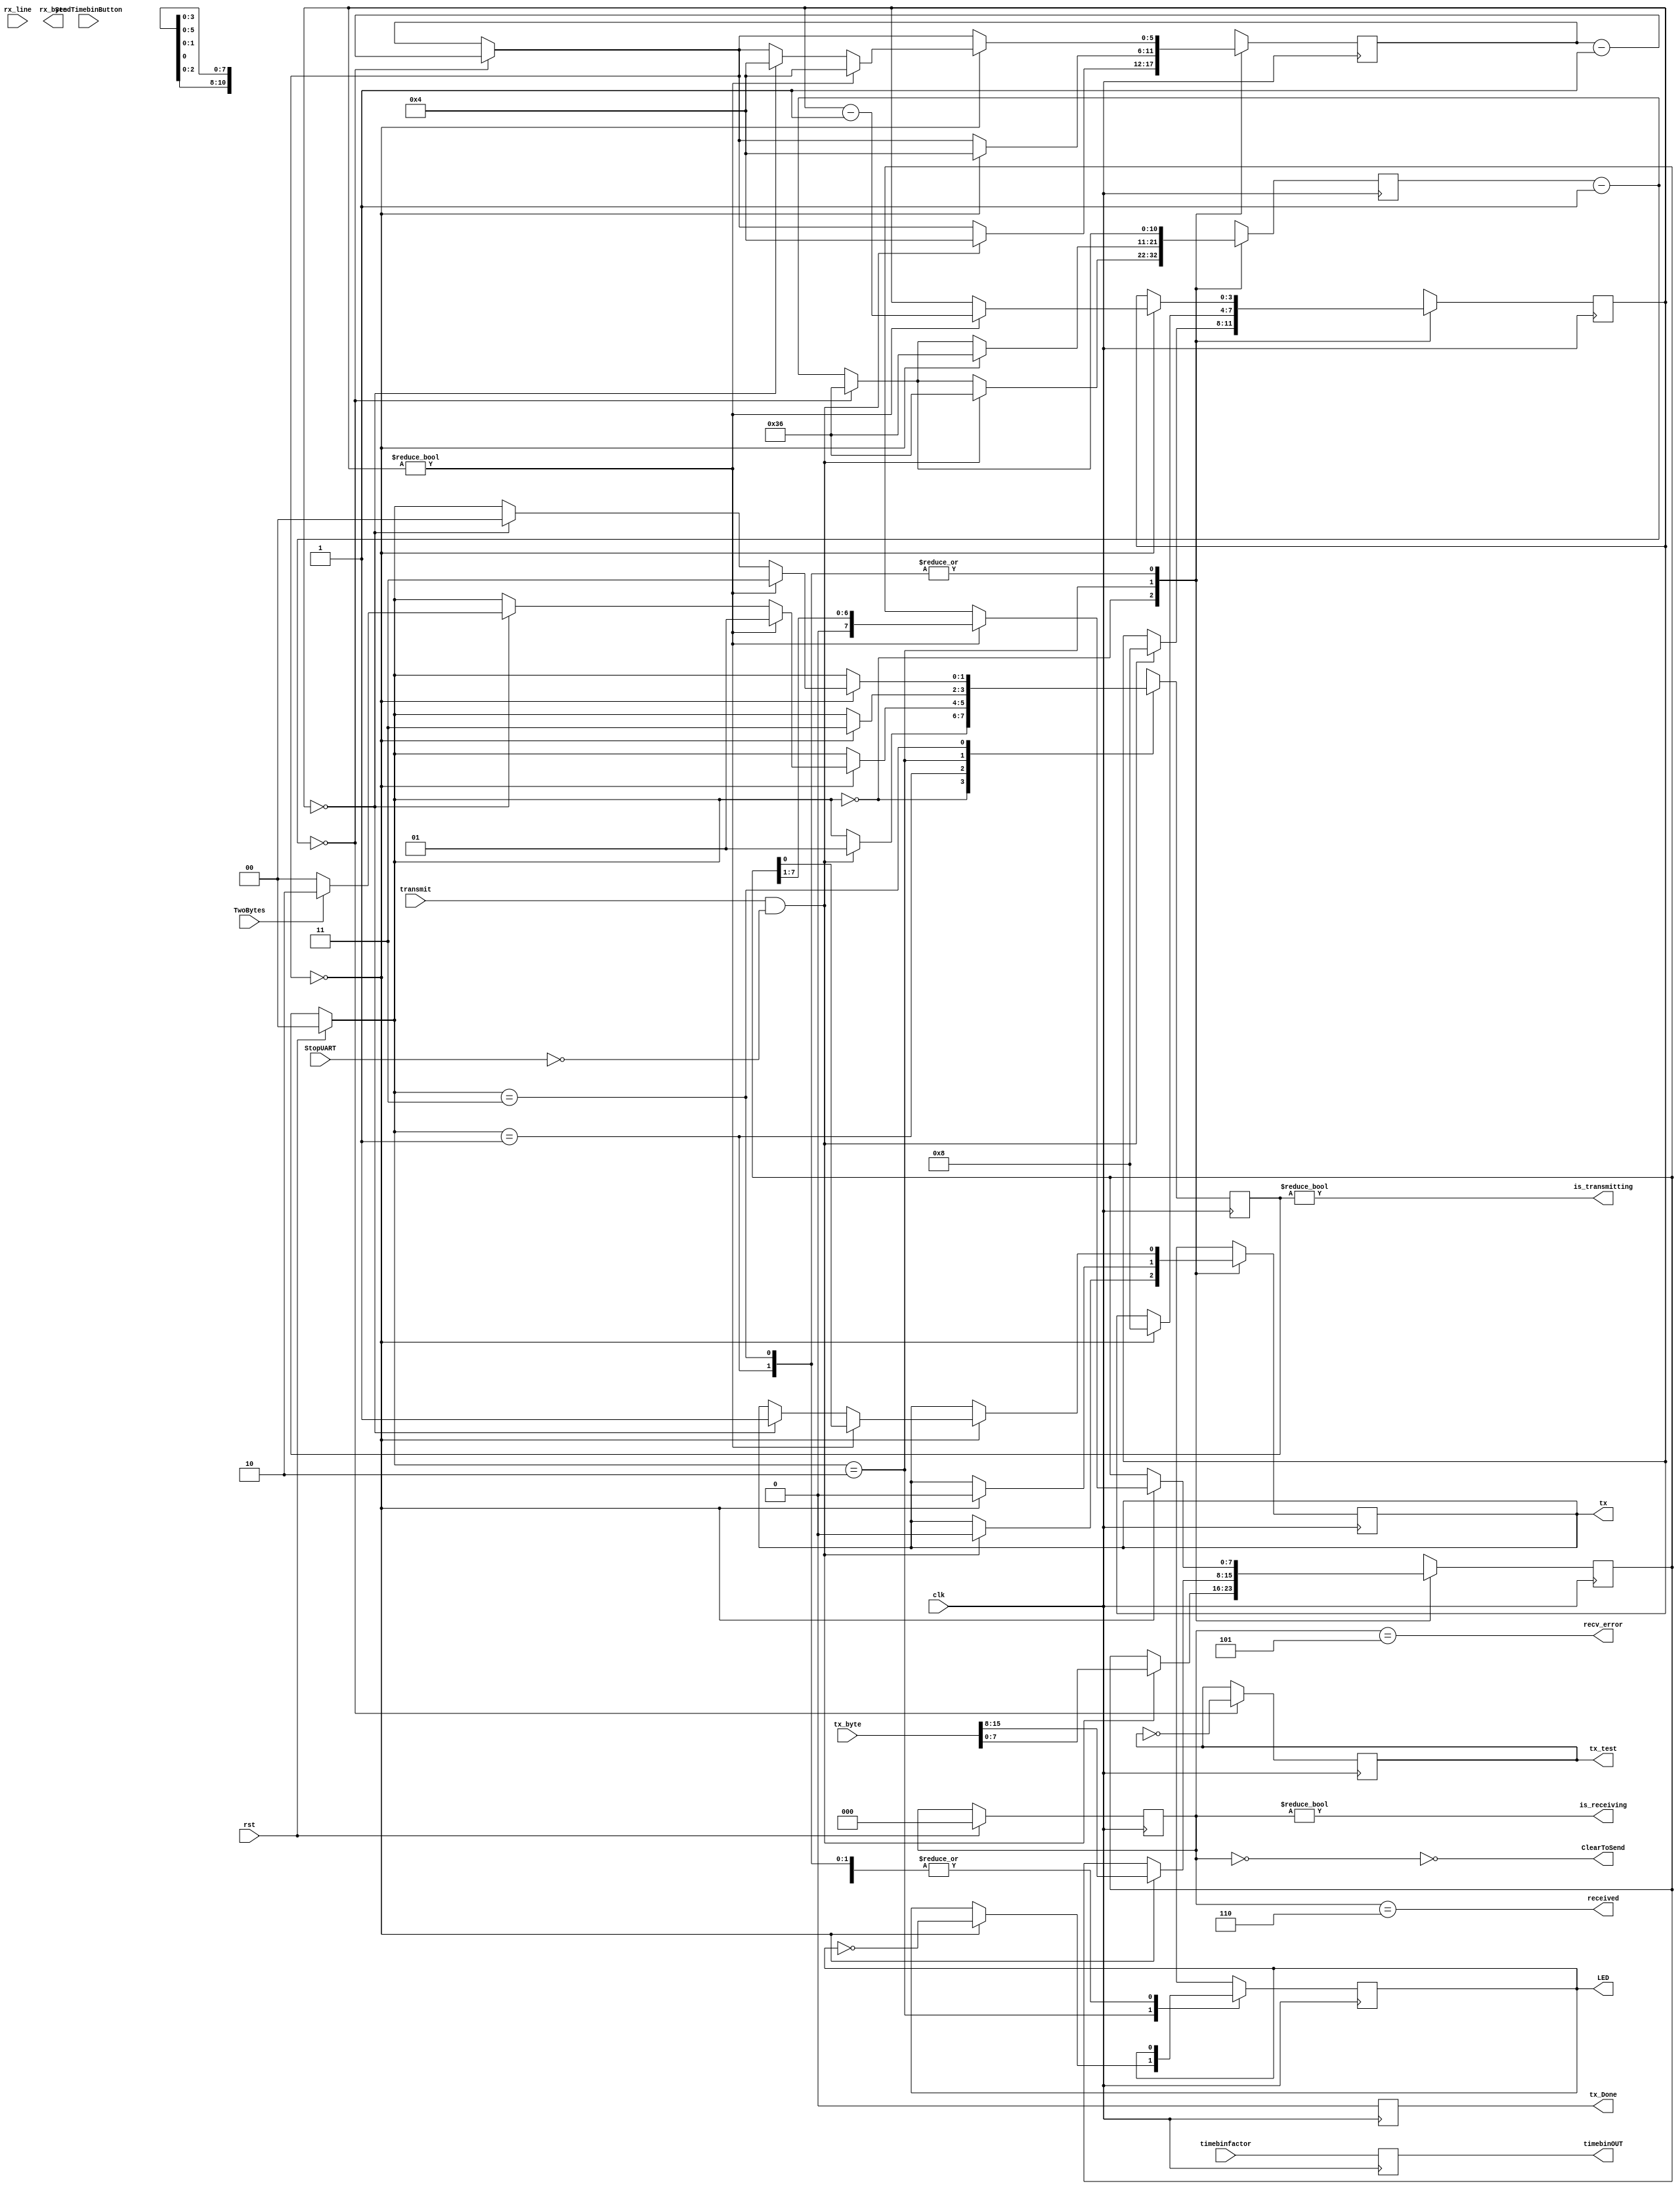
module uart(
    input clk, // The master clock for this module
    input rst, // Synchronous reset.
    input rx_line, // Incoming serial line
	 
    output tx, // Outgoing serial line
    input transmit, // Indicate to transmit
    input [15:0] tx_byte, // Bytes to transmit
	 input [7:0] timebinfactor,
	 input StopUART,
	 input SendTimebinButton,
	 input TwoBytes,
	 
    output received, // Indicated that a byte has been received.
    output [7:0] rx_byte, // Byte received
    output is_receiving, // Low when receive line is idle.
    output is_transmitting, // Low when transmit line is idle.
	 output reg [7:0] timebinOUT,
	 
	 //Goes high for one tick after stop bit transmission.
	 output reg tx_Done, 
	 output reg tx_test,
    output recv_error, // Indicates error in receiving packet.
	 
	 output ClearToSend,
	 
	 output reg LED=0
	 
    );
 
parameter CLOCK_DIVIDE 		= 3;
//1302 = clock rate (50Mhz) / (baud rate (9600) * 4)
parameter CLOCK_DIVIDE2	= 1302; 
parameter CLOCK_DIVIDE3 = 868;	
parameter CLOCK_DIVIDE4 = 109; // baud rate 115200
parameter CLOCK_DIVIDE5 = 54; //baud rate = 230400
// States for the receiving state machine.
// These are just constants, not parameters to override.
parameter RX_IDLE 			= 0;
parameter RX_CHECK_START 	= 1;
parameter RX_READ_BITS 		= 2;
parameter RX_CHECK_STOP 	= 3;
parameter RX_DELAY_RESTART = 4;
parameter RX_ERROR 			= 5;
parameter RX_RECEIVED 		= 6;
 
// States for the transmitting state machine.
// Constants - do not override.
parameter TX_IDLE 			= 0;
parameter TX_IDLE2         =4;
parameter TX_SENDING1      = 1;
parameter TX_SENDING2      = 2;
parameter TX_DELAY_RESTART1 = 3; 

parameter TXIdle1 = 0;
parameter TXSending1= 1;
parameter TXIdle2=2;
parameter TXSending2=3;
parameter TX_DELAYRESTART=4;

reg [10:0] rx_clk_divider = CLOCK_DIVIDE5;
reg [10:0] tx_clk_divider = CLOCK_DIVIDE5;
 

reg [2:0] recv_state = RX_IDLE;
reg [5:0] rx_countdown;
reg [3:0] rx_bits_remaining;
reg [7:0] rx_data;
 
reg tx_out = 1'b1;
reg [1:0] tx_state = TX_IDLE;
reg [5:0] tx_countdown;
reg [3:0] tx_bits_remaining;
reg [7:0] tx_data;


reg SendTimebinBool=0;
reg SendTimebin=0;

assign received = recv_state == RX_RECEIVED;
assign recv_error = recv_state == RX_ERROR;
assign is_receiving = recv_state != RX_IDLE;
assign rx_byte = rx_data;

 
assign tx = tx_out;
assign is_transmitting = tx_state != TX_IDLE;
//CTS low to allow data. High to stop it.
assign ClearToSend = ~(recv_state == RX_IDLE); 



reg [2:0] Buffer = 0;

reg rx = 1;

always@(posedge clk)
begin	

	Buffer <= { rx_line, Buffer[2], Buffer[1]};

	if(Buffer == 3'b111)
	begin
		rx <= 1;
	end
	else if(Buffer == 3'b000)
	begin
		rx <= 0;
	end

end

 
always @(posedge clk) 
begin

SendTimebin <= SendTimebinButton;
if(~SendTimebin && SendTimebinButton)
begin
SendTimebinBool<=1;
end

tx_Done<=0;

	if (rst) begin
		recv_state = RX_IDLE;
		tx_state = TX_IDLE;
	end
 
	// The clk_divider counter counts down from
	// the CLOCK_DIVIDE constant. Whenever it
	// reaches 0, 1/16 of the bit period has elapsed.
   // Countdown timers for the receiving and transmitting
	// state machines are decremented.
	rx_clk_divider = rx_clk_divider - 1;
	if (!rx_clk_divider) begin
		rx_clk_divider = CLOCK_DIVIDE5;
		rx_countdown = rx_countdown - 1;
	end
	tx_clk_divider = tx_clk_divider - 1;
	if (!tx_clk_divider) begin
		tx_test=!tx_test;
		tx_clk_divider = CLOCK_DIVIDE5;
		tx_countdown = tx_countdown - 1;
	end
 timebinOUT=timebinfactor;
 
	// Transmit state machine
	case (tx_state)
		TXIdle1: begin
			if (transmit && ~StopUART) begin
				// If the transmit flag is raised in the idle
				// state, start transmitting the current content
				// of the tx_byte input.
				tx_data = tx_byte[7:0];
				// Send the initial, low pulse of 1 bit period
				// to signal the start, followed by the data
				tx_clk_divider = CLOCK_DIVIDE5;
				tx_countdown = 4;
				tx_out = 0;
				tx_bits_remaining = 8;
				tx_state = TXSending1;
			end
		end
		TXSending1: begin
			if (!tx_countdown) begin
				if (tx_bits_remaining) begin
		//Sends 1 bit per tx_countdown of 4
					tx_bits_remaining = tx_bits_remaining - 1;
					tx_out = tx_data[0];
		//All bits in byte shifted down by 1 after bit sent
					tx_data = {1'b0, tx_data[7:1]};
					tx_countdown = 4;
					tx_state = TXSending1;
				end else if (!tx_bits_remaining) begin
		// Set delay to send out one stop bit.
					tx_out = 1;
					tx_countdown = 4;
					if(!TwoBytes)
					begin
					tx_state = TX_DELAYRESTART;
					end
					else if(TwoBytes)
					begin
					tx_state = TXIdle2;
					end
				end
			end
			else begin
			//do nout
			end
		end
   //Second Idle state to send one start bit before second byte
		TXIdle2: 
			if(!tx_countdown) begin
			 begin
			tx_clk_divider = CLOCK_DIVIDE5;
				tx_countdown = 4;
				tx_out = 0;
				tx_bits_remaining = 8;
				tx_state = TXSending2;
				//Data to send set to second byte of 
				//tx_byte (counts from PMT2)
				tx_data=tx_byte[15:8];
				LED=!LED;
			end
			end
		
		//Sending PMT2 count
		TXSending2: begin
			if (!tx_countdown) begin
				if (tx_bits_remaining) begin
					tx_bits_remaining = tx_bits_remaining - 1;
					tx_out = tx_data[0];
					tx_data = {1'b0, tx_data[7:1]};
					tx_countdown = 4;
					tx_state = TXSending2;
				end else if (!tx_bits_remaining) begin
					// Set delay to send out 1 stop bit.
					tx_out = 1;
					tx_countdown = 4;
					tx_state = TX_DELAYRESTART;
				
					
					end
					end
					end

		TX_DELAYRESTART: begin
			// Wait until tx_countdown reaches the end before
			// we send another transmission. This covers the
			// "stop bit" delay.
			
			//tx_state = tx_countdown ? TX_DELAY_RESTART : TX_IDLE;
			if(tx_countdown)
			begin
				tx_state = TX_DELAYRESTART;
				end
			else
			begin
				tx_Done <= 1;
				tx_state = TXIdle1;
				SendTimebinBool<=0;
			end
		end
	endcase
end
 
endmodule